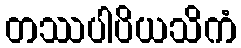
တဿပါပိယသိကံ